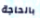
بالحاجة